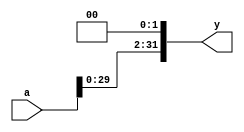
`timescale 1ns / 1ps
//////////////////////////////////////////////////////////////////////////////////
// Company: 
// Engineer: 
// 
// Design Name: 
// Module Name: sl2
// Project Name: 
// Target Devices: 
// Tool Versions: 
// Description: 
// 
// Dependencies: 
// 
// Revision:
// Revision 0.01 - File Created
// Additional Comments:
// 
//////////////////////////////////////////////////////////////////////////////////

module sl2(
    input  [31:0] a, 
    output [31:0] y
);
    // shift left by 2 
    assign y={a[29:0], 2'b00}; 
endmodule